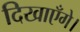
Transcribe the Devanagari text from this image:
दिखाएँगे।